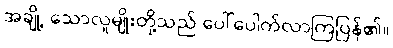
အချို့ သောလူမျိုးတို့သည် ပေါ်ပေါက်လာကြပြန်၏။